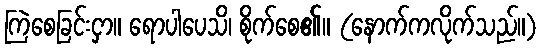
ကြဲစေခြင်းငှာ။ ရောပါပေသိ၊ စိုက်စေ၏။ (နောက်ကလိုက်သည်။)